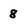
Character: 8